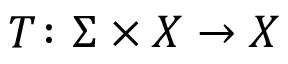
T \colon \Sigma \times X \to X